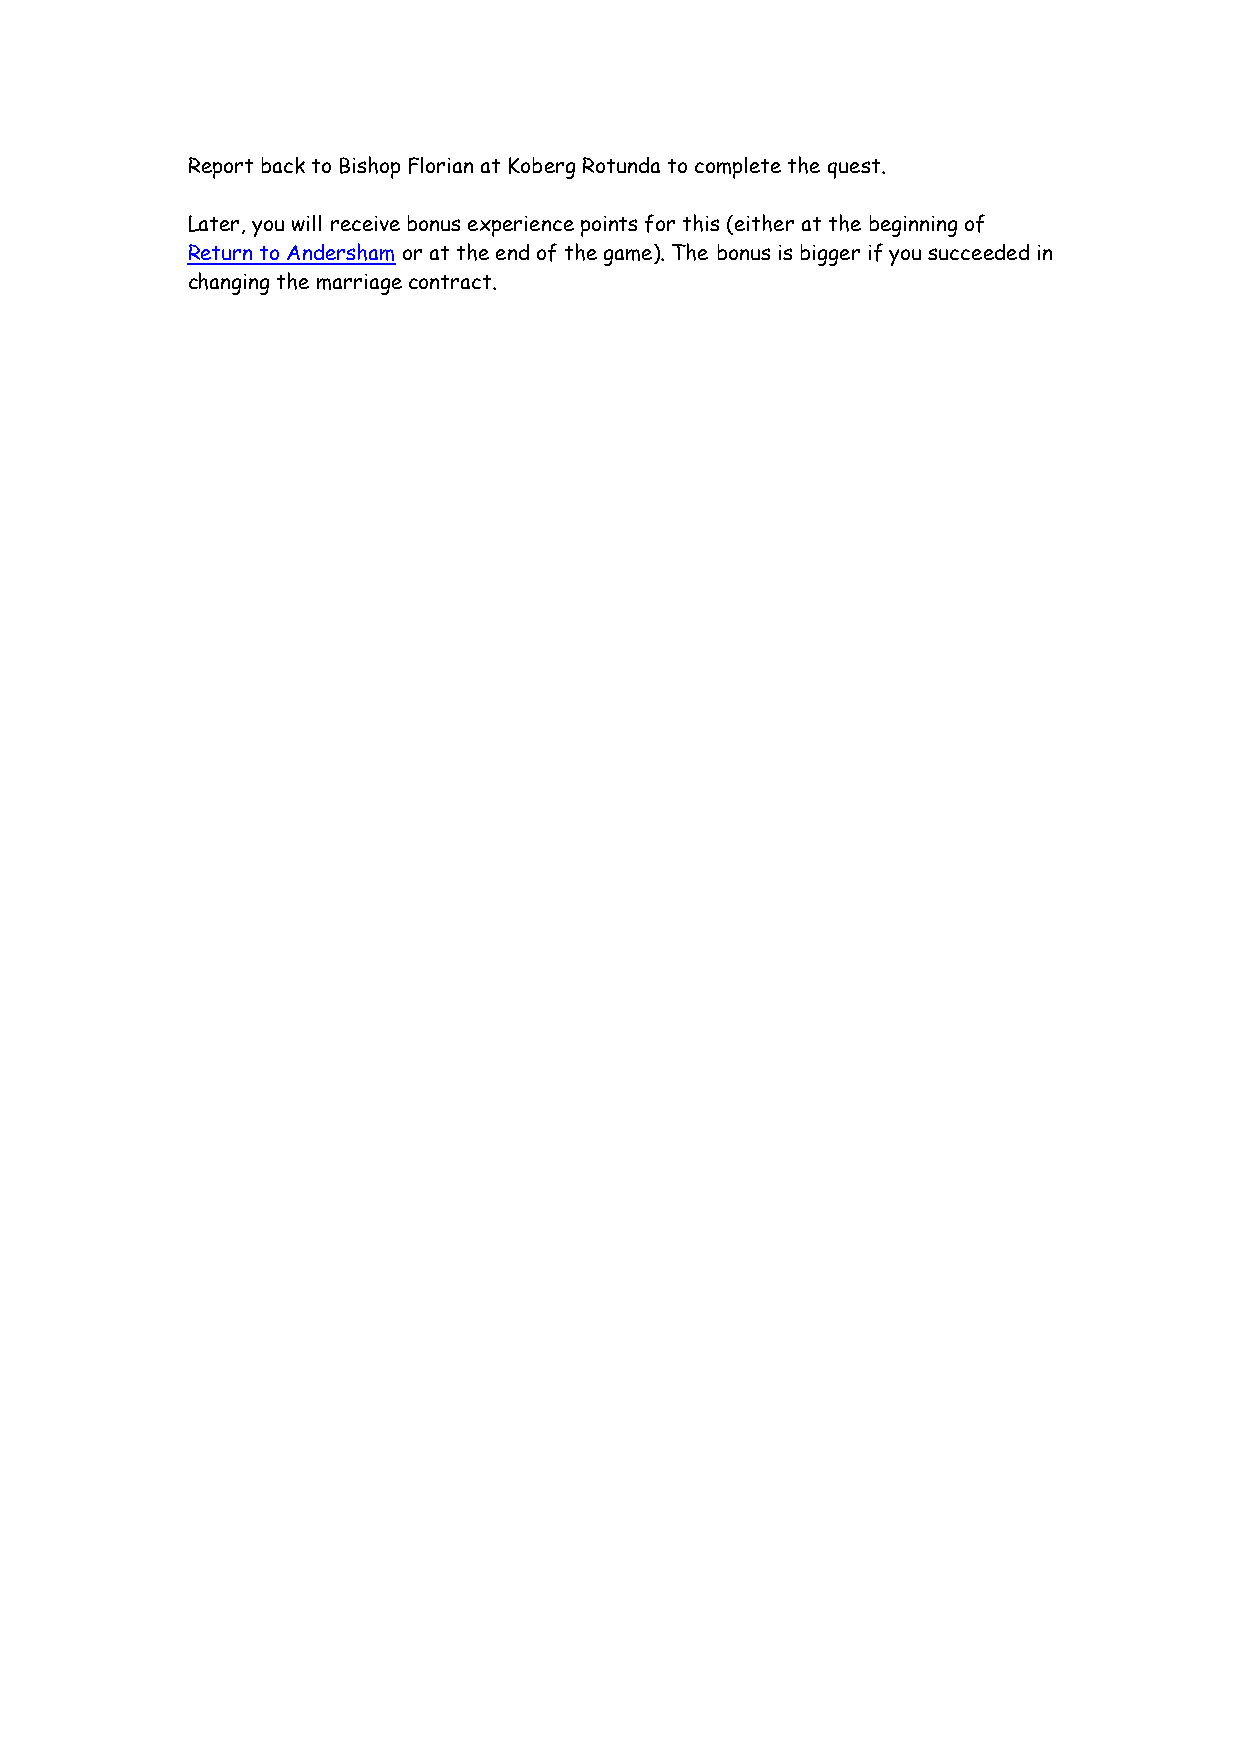
Report back to Bishop Florian at Koberg Rotunda to complete the quest.
 Later, you will receive bonus experience points for this (either at the beginning of
 Return to Andersham or at the end of the game). The bonus is bigger if you succeeded in
 changing the marriage contract.